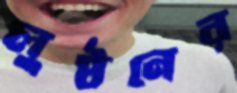
লুণ্ঠনের